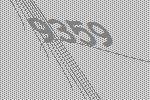
9359